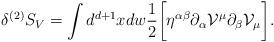
LaTeX: \begin{align*}\delta^{(2)} S_{V} = \int d^{d + 1} x d w \frac{1}{2}\biggl[ \eta^{\alpha\beta} \partial_{\alpha} {\cal V}^{\mu} \partial_{\beta} {\cal V}_{\mu} \biggr].\end{align*}